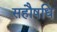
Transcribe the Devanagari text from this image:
सहौषधि